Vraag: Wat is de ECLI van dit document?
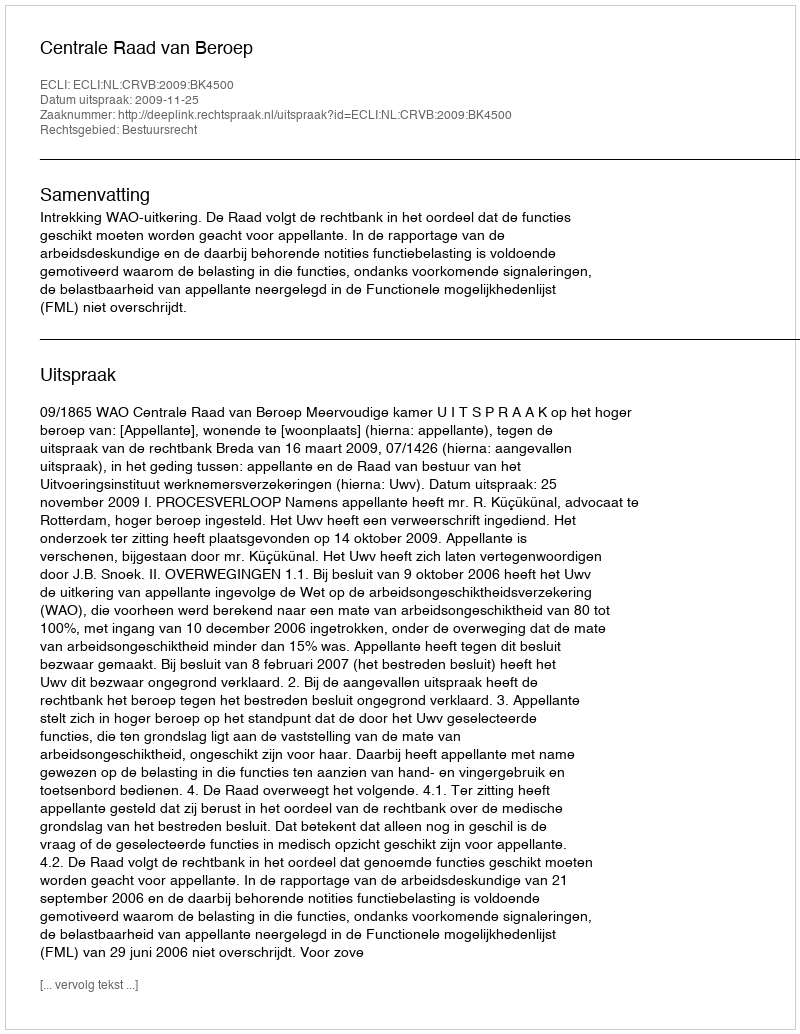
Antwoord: ECLI:NL:CRVB:2009:BK4500